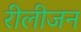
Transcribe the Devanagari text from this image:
रीलीजन